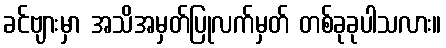
ခင်ဗျားမှာ အသိအမှတ်ပြုလက်မှတ် တစ်ခုခုပါသလား။